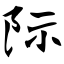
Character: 际